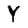
Character: Y